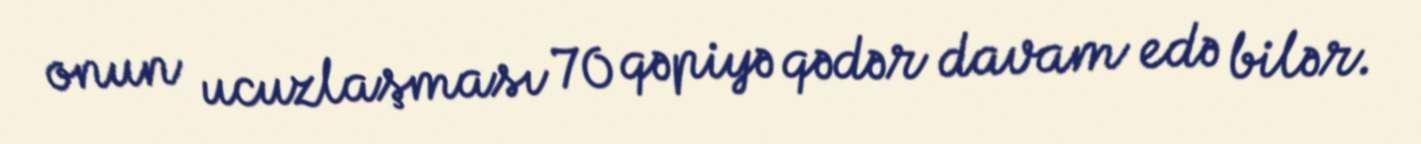
onun ucuzlaşması 70 qəpiyə qədər davam edə bilər.